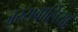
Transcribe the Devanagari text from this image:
जुस्सवालिया